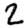
Digit: 2